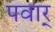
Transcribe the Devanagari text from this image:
पवार्